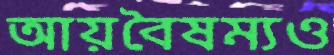
আয়বৈষম্যও